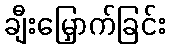
ချီးမြှောက်ခြင်း